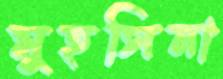
মুহসিনা